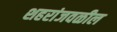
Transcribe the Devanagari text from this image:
शहरांजवळील